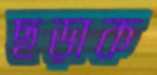
ছড়াক